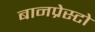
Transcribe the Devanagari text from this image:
बानप्रेस्टो